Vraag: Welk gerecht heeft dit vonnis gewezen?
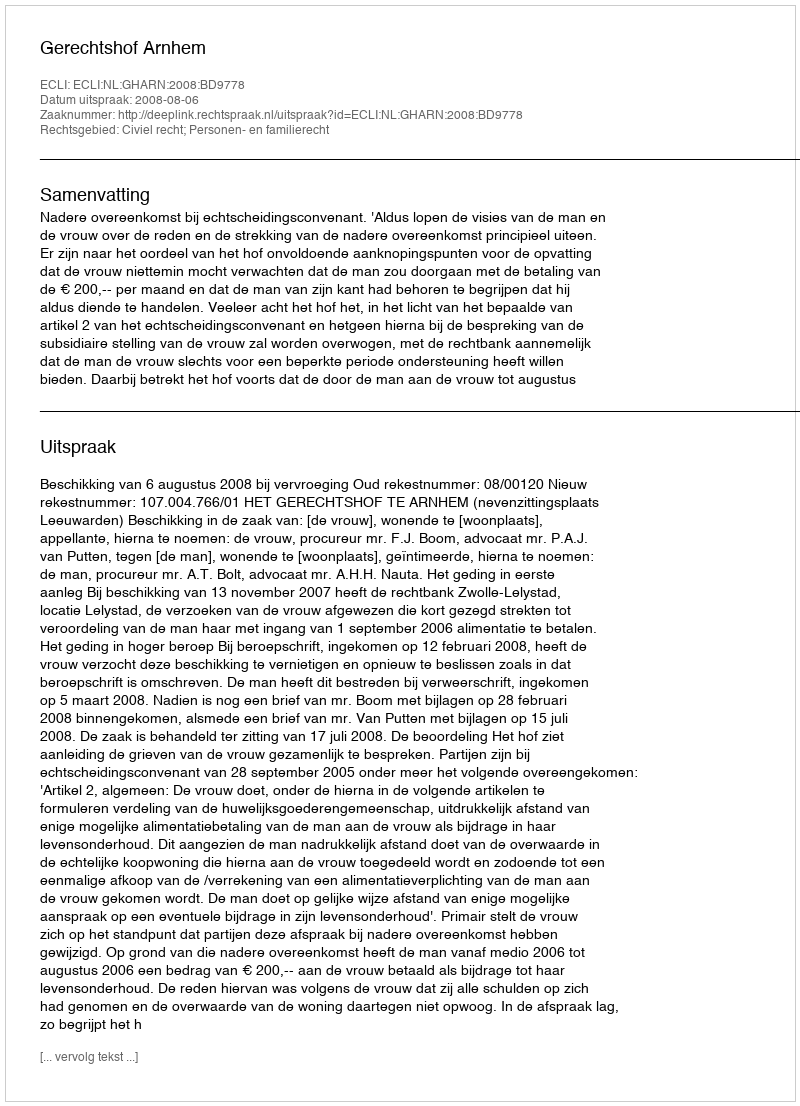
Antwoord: Gerechtshof Arnhem